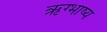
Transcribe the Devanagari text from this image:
ऋग्भाष्य